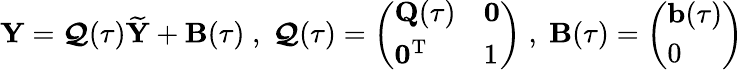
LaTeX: {\mathbf Y}=\boldsymbol{\mathcal Q}(\tau)\widetilde{{\mathbf Y}}+{\mathbf B}(\tau)\; ,\; \boldsymbol{\mathcal Q}(\tau)=\left(\begin{array}{ll}{{\mathbf Q}(\tau)}&{{\mathbf 0}}\\ {{\mathbf 0}^{{\mathrm T}}}&{1}\end{array}\right)\; ,\; {\mathbf B}(\tau)=\left(\begin{array}{l}{{\mathbf b}(\tau)}\\ {0}\end{array}\right)